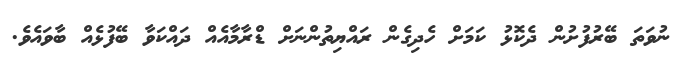
ނުވަތަ ބޭރުފުށުން ދެކޮޅު ކަމަށް ހެދިގެން ރައްޔިތުންނަށް ޑްރާމާއެއް ދައްކަވާ ބޭފުޅެއް ބާވައެވެ.